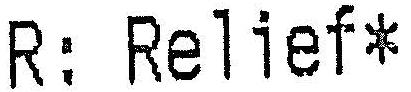
R: RELIEF*